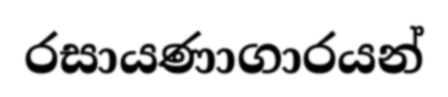
රසායණාගාරයන්